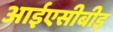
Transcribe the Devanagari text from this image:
आईएसीबीइ